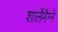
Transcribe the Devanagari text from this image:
शार्लेमैग्ने